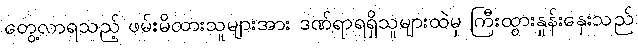
တွေ့လာရသည့် ဖမ်းမိထားသူများအား ဒဏ်ရာရရှိသူများထဲမှ ကြီးထွားနှုန်းနှေးသည်